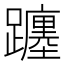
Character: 躔